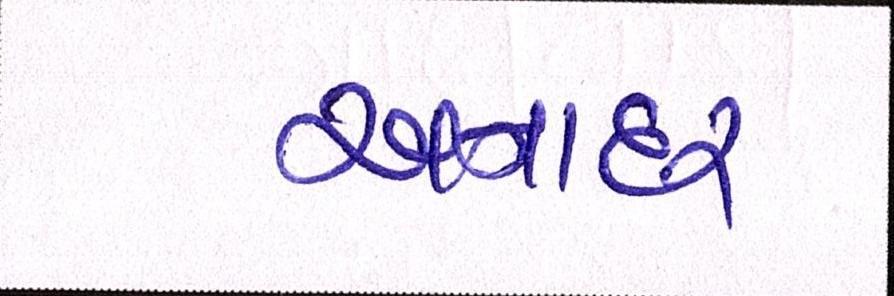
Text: અનાદર